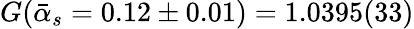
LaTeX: G(\bar{\alpha}_{s}=0.12\pm 0.01)=1.0395(33)